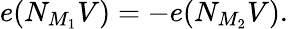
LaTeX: e(N_{M_{1}}V)=-e(N_{M_{2}}V).